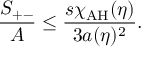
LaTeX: { \frac { S _ { + - } } { A } } \leq { \frac { s \chi _ { \mathrm { A H } } ( \eta ) } { 3 a ( \eta ) ^ { 2 } } } .